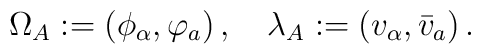
\Omega_A: = (\phi_\alpha,\varphi_a)\,,\quad \lambda_A: = (v_\alpha,\bar v_a)\,.